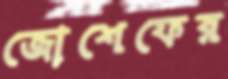
জোশেফের